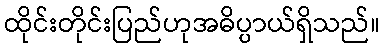
ထိုင်းတိုင်းပြည်ဟုအဓိပ္ပာယ်ရှိသည်။